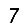
Digit: 7